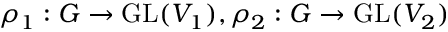
\rho _ { 1 } : G \to { \mathrm { G L } } ( V _ { 1 } ) , \rho _ { 2 } : G \to { \mathrm { G L } } ( V _ { 2 } )